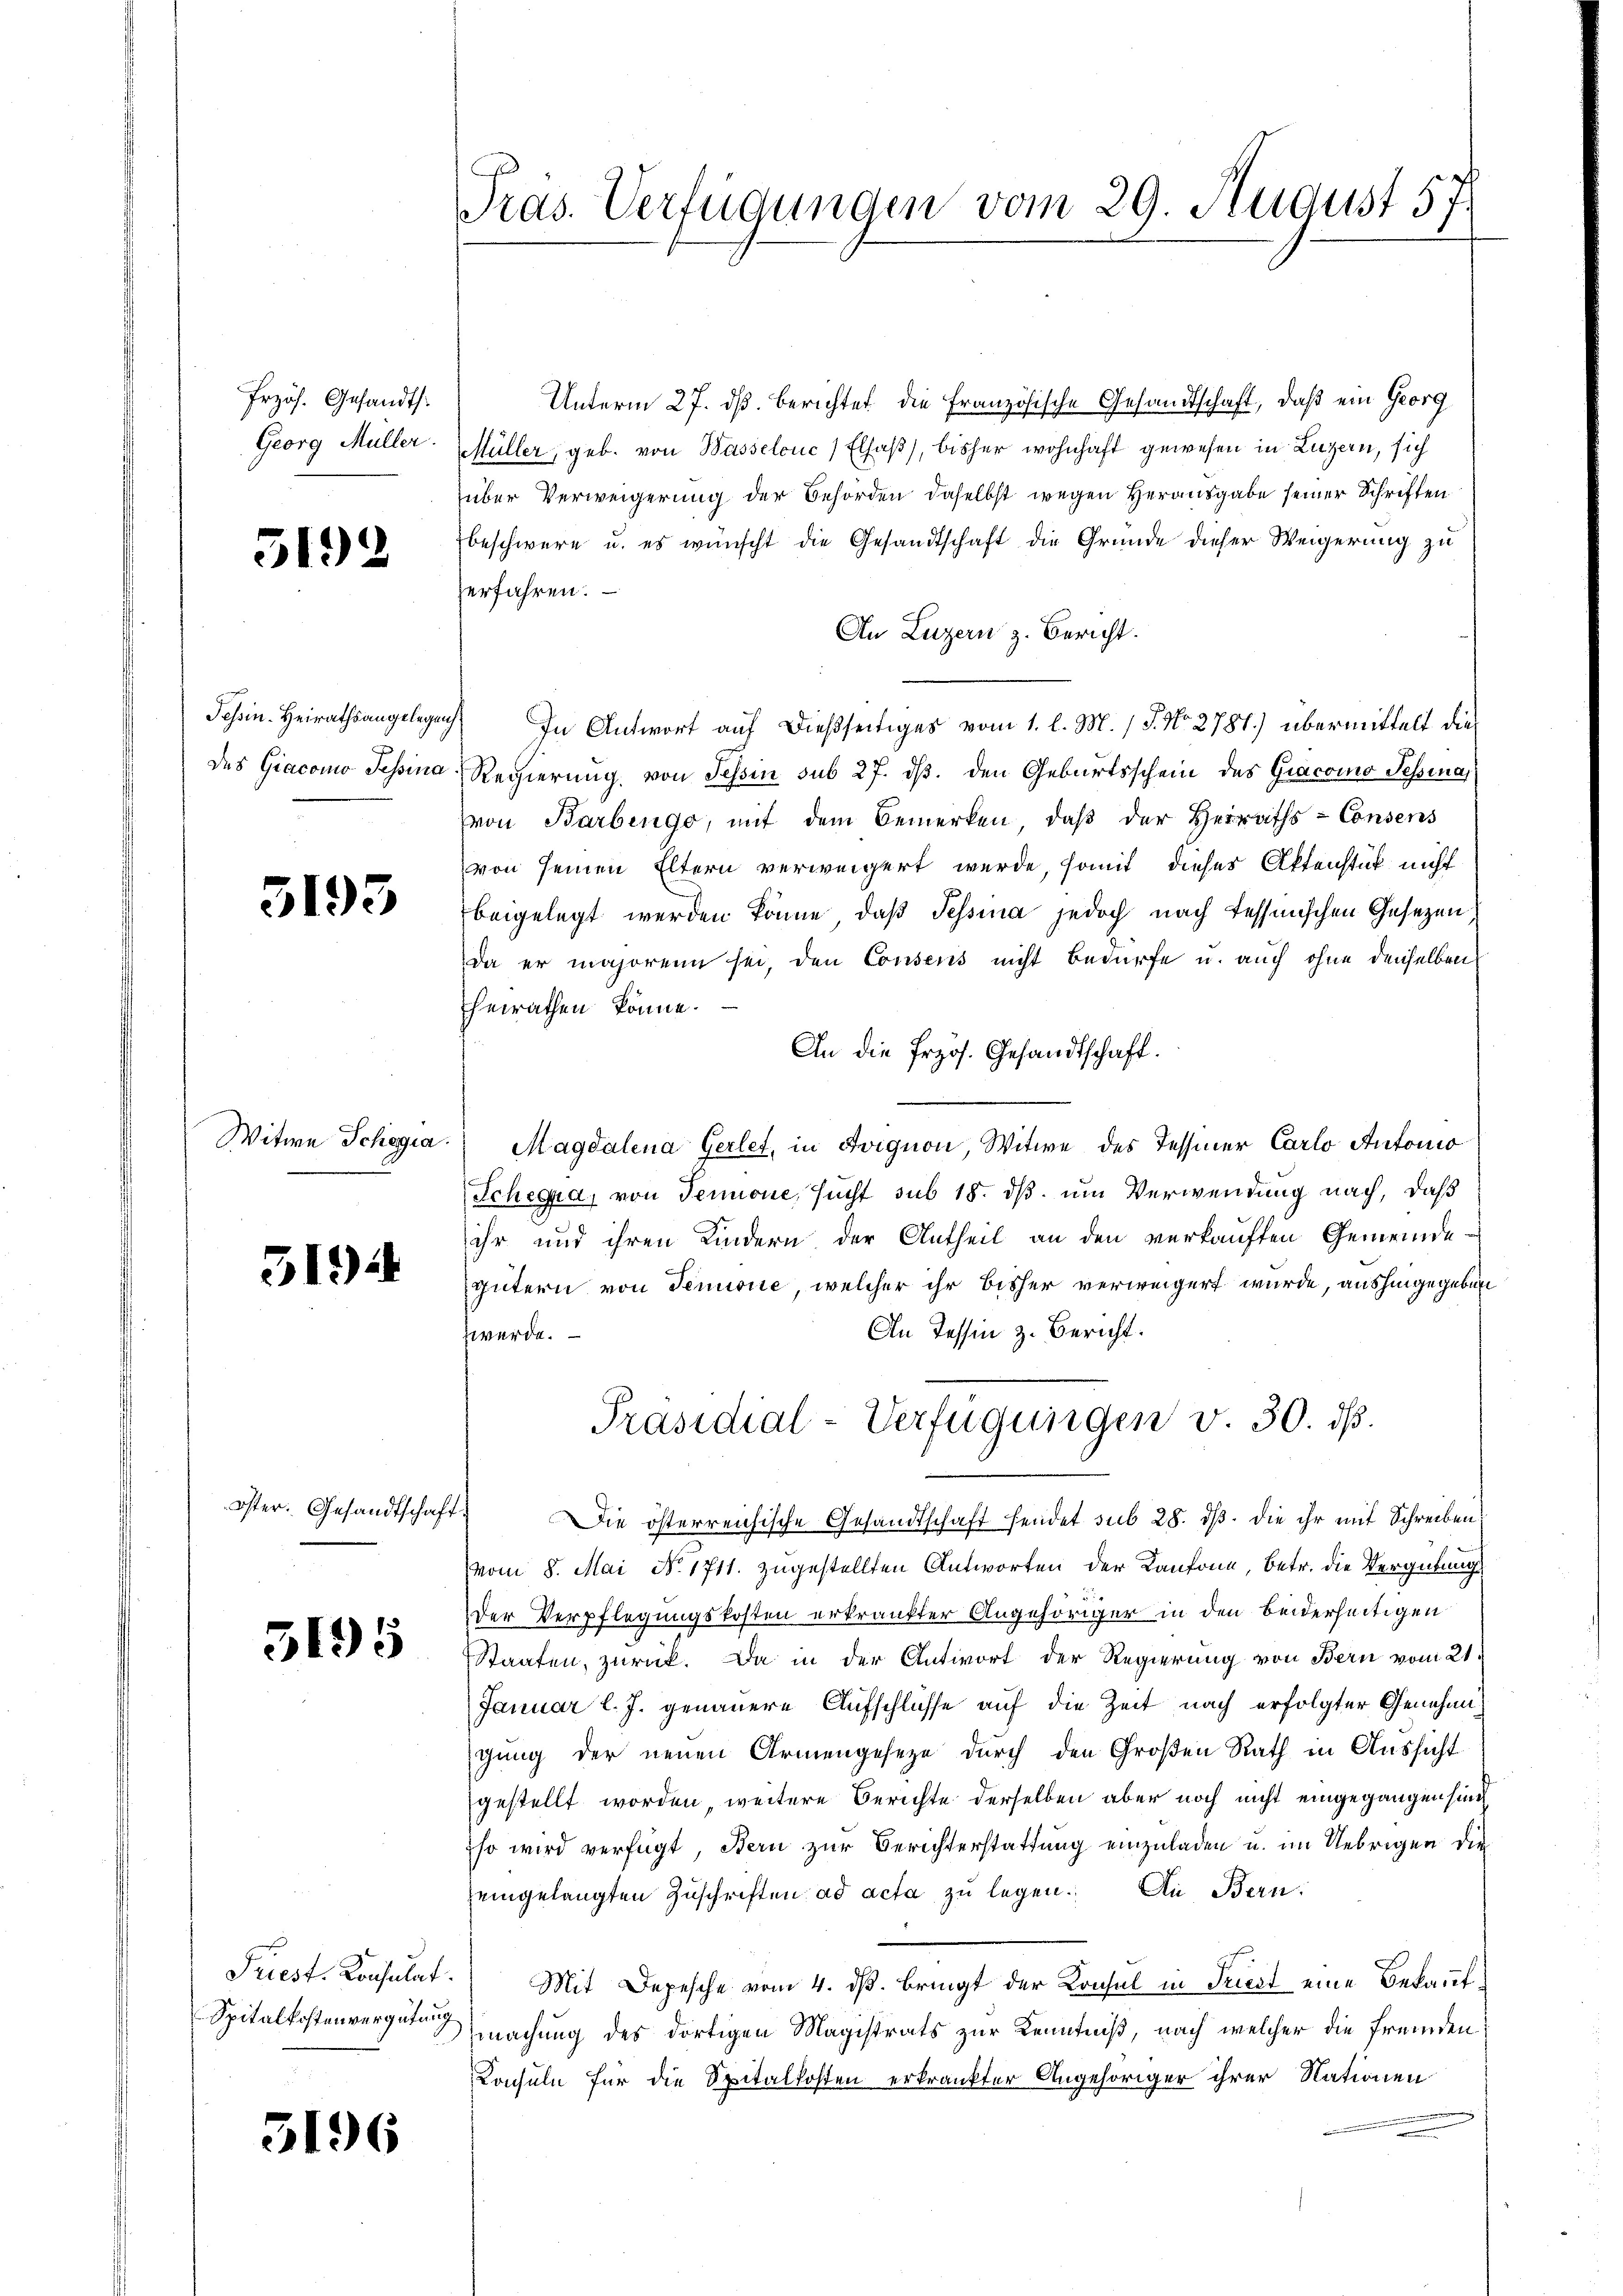
Przös. Gesandts
Georg Müller.

5192

Tessin-Heirathsangelegenh

5195

Witwe Schegia.

5191

Oster. Gesandtschaft.

3195

Spitalkostenvergütung

3196

Präs. Verfügungen vom 29. August 57.
1

Unterm 27. ds. berichtet die Französische Gesandtschaft, daß ein Georg
Müller, geb. von Wasselouc Elsaß, bisher wohnhaft gewesen in Luzern, sich
über Verweigerung der Behörden daselbst wegen Herausgabe seiner Schriften
beschwere u. es wünscht die Gesandtschaft die Gründe dieser Weigerung zu
erfahren.
An Luzern z. Bericht.
In Antwort auf dießseitiges vom 1. l. M. 18. No. 2787.) übermittelt diedes Giacomo Tessina Regierung, von Tessin sub 27. ds. den Geburtsschein des Giacoino Tessina,
von Barbengo, mit dem Bemerken, daβ der Herraths-Consens
von seinen Eltern verweigert werde, somit dieses Aktenstück nicht
beigelegt werden könne, daß Tessina jedoch nach Tessinischen Gesezen,
da er majorenn sei, den Consens nicht Bedürfe u. auch ohne denselben
heirathen könne.
An die Erzös. Gesandtschaft.
Magdalena Gerlet, in Avignon, Witwe des Tessiner Carlo Antonio
Scheena, von Tenone, sucht sub 18. ds. um Verwendung nach, daß
ihr und ihren Kindern der Antheil an den verkauften Gemeinde-
gütern von Senione, welcher ihr bisher verweigert wurde, aushingegeben
An Tessin z. Bericht.
zwerde.
Präsidial-Verfügungen v. 30. dß.
Die österreichische Gesandtschaft hendet sub 28. ds. die ihr mit Schreiben,
vom 8. Mai No. 1711. zugestellten Antworten der Kantone, betr. die Vergütung
Der Verpflegungskosten erkrankter Angehöriger in den beiderseitigen
Staaten, zurück. Da in der Antwort der Regierung von Bern vom 21.
Januar l. J. genauere Aufschlüsse auf die Zeit nach erfolgter Genehmigung der neuen Armengesetze durch den Großen Rath in Aussicht
gestellt worden, weitere Berichte derselben aber noch nicht eingegangen sind
so wird verfügt, Bern zur Berichterstattung einzuladen u. im Uebrigen die
eingelangten Zuschriften ad acta zu legen. An Bern.
Triest. Konsulat. Mit Depesche vom 4. ds. bringt der Konsul in Triest eine Bekanntmachung des dortigen Magistrats zur Kenntniß, nach welcher die fremden
Konsuln für die Spitalkosten erkrankter Angehöriger ihrer Nationen